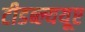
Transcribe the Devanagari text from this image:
टीडब्ल्ययूए